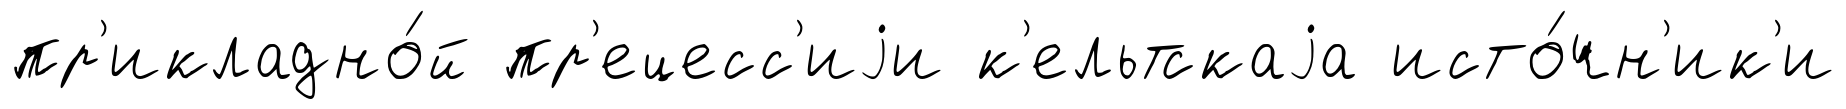
пр'икладно́й пр'ецесс'иjи к'ельтскаjа исто́чн'ик'и